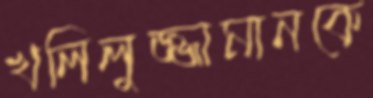
খলিলুজ্জামানকে